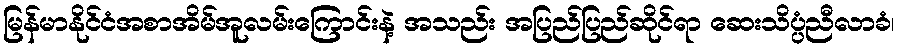
မြန်မာနိုင်ငံအစာအိမ်အူလမ်းကြောင်းနဲ့ အသည်း အပြည်ပြည်ဆိုင်ရာ ဆေးသိပ္ပံညီလာခံ၊